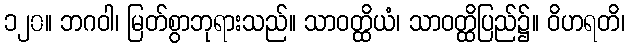
၁၂၀။ ဘဂဝါ၊ မြတ်စွာဘုရားသည်။ သာဝတ္ထိယံ၊ သာဝတ္ထိပြည်၌။ ဝိဟရတိ၊